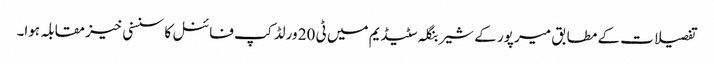
تفصیلات کے مطابق میر پور کے شیر بنگلہ سٹیڈیم میں ٹی 20 ورلڈ کپ فائنل کا سنسنی خیز مقابلہ ہوا۔